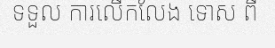
ទទួល ការលើកលែង ទោស ពី